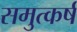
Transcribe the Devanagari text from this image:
समुत्कर्ष